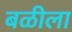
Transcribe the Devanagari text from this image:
बळीला